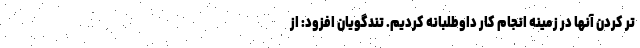
تر کردن آنها در زمینه انجام کار داوطلبانه کردیم. تندگویان افزود: از